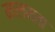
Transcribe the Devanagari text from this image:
मालमता